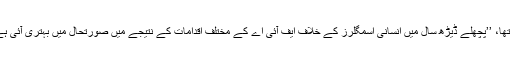
چوہدری نثار کا کہنا تھا، ’’پچھلے ڈیڑھ سال میں انسانی اسمگلرز کے خلاف ایف آئی اے کے مختلف اقدامات کے نتیجے میں صورتحال میں بہتری آئی ہے مگر یہ ناکافی ہیں۔